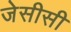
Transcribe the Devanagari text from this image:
जेसीसी